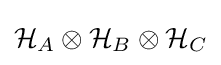
{\mathcal {H}}_{A}\otimes {\mathcal {H}}_{B}\otimes {\mathcal {H}}_{C}